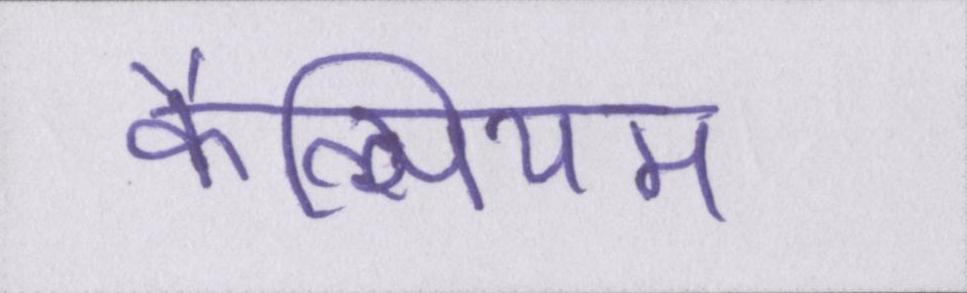
कैल्सियम